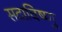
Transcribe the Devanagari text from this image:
सदाविष्णु